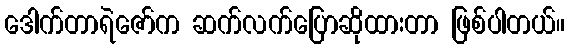
ဒေါက်တာရဲဇော်က ဆက်လက်ပြောဆိုထားတာ ဖြစ်ပါတယ်။